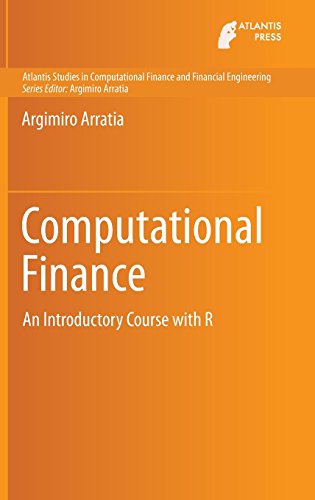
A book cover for Computational Finance: An Introductory Course with R (Atlantis Studies in Computational Finance and Financial Engineering); Argimiro Arratia; Computers & Technology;